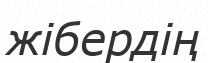
жібердің